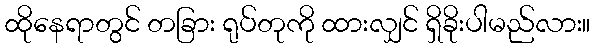
ထိုနေရာတွင် တခြား ရုပ်တုကို ထားလျှင် ရှိခိုးပါမည်လား။